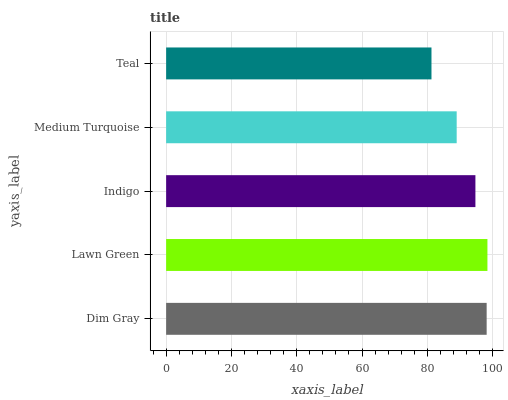
| yaxis_label | bars |
 | --- | --- |
 | Dim Gray | 98.2 |
 | Lawn Green | 98.4 |
 | Indigo | 94.7 |
 | Medium Turquoise | 89 |
 | Teal | 81.3 |